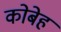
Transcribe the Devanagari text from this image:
कोबेह